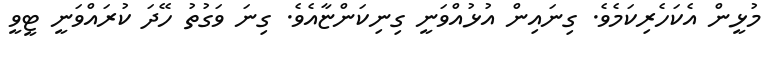
މުޅީން އެކަހެރިކަމެވެ. ގިނައިން އުޅުއްވަނީ ގިނިކަންޏާއެވެ. ގިނަ ވަގުތު ހޭދަ ކުރައްވަނީ ޓީވީ